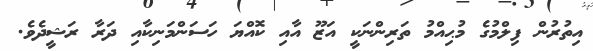
އިތުރުން ފިލްމުގެ މުޙިއްމު ތަރިންނަކީ އަޒޫ އާއި ކޮއްޔަ ހަސަންމަނިކާއި ދަރާ ރަޝީދެވެ.